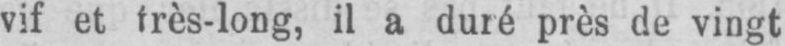
il a duré près de vingt